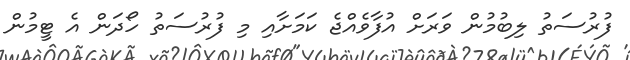
ފުރުސަތު ލިބުމުން ވަރަށް އުފާވެއްޖެ ކަމަށާއި މި ފުރުސަތު ހޯދަން އެ ޓީމުން